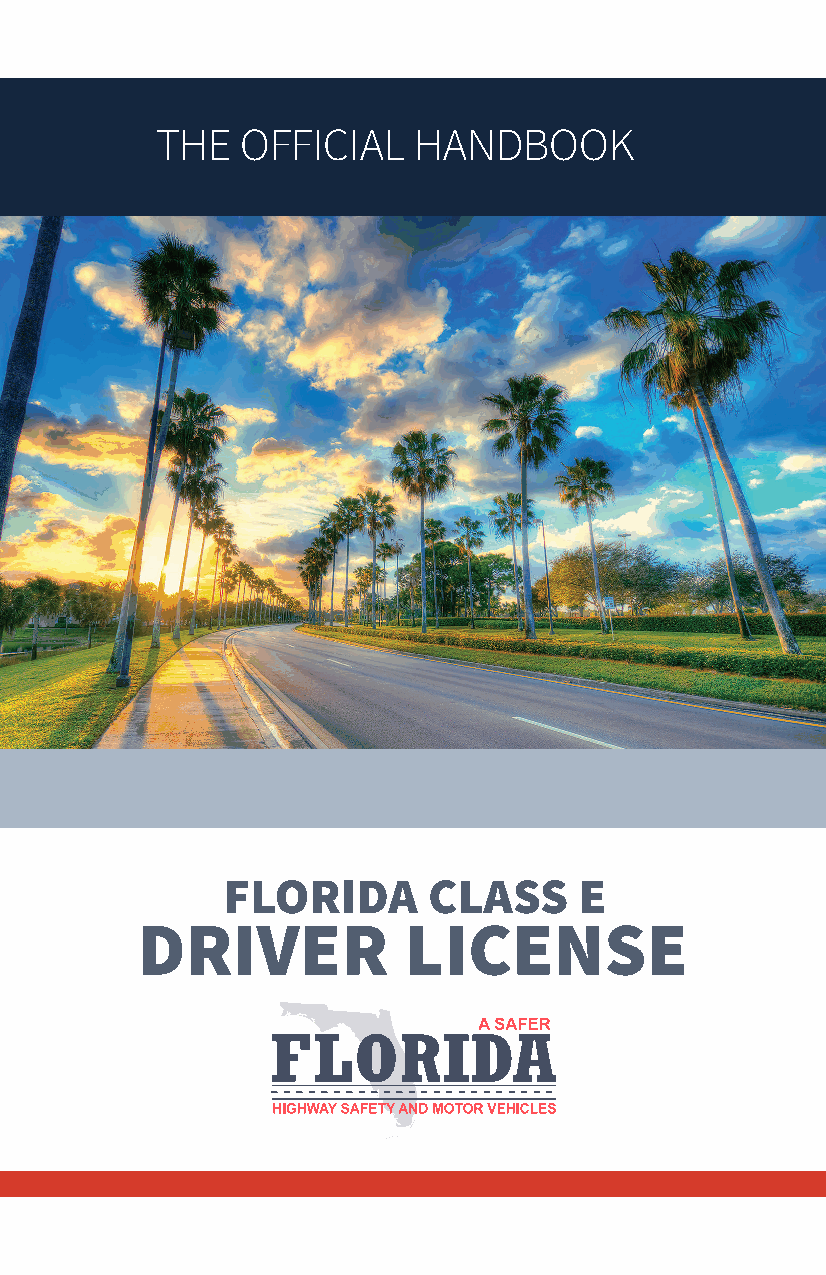
THE   OFFICIAL   HANDBOOK
 FLORIDA      CLASS     E
 DRIVER            LICENSE